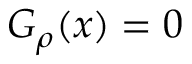
G _ { \rho } ( x ) = 0